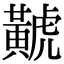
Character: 𪏐